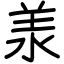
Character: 𣴎